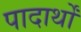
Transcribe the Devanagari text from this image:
पादार्थों